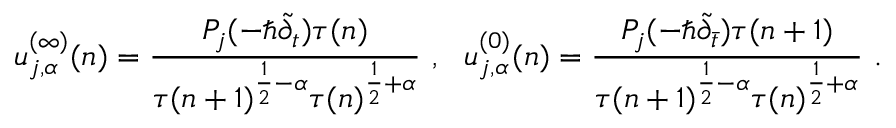
u _ { j , \alpha } ^ { ( \infty ) } ( n ) = \frac { P _ { j } ( - \hbar \tilde { \partial } _ { t } ) \tau ( n ) } { \tau ( n + 1 ) ^ { \frac { 1 } { 2 } - \alpha } \tau ( n ) ^ { \frac { 1 } { 2 } + \alpha } } ~ , ~ ~ u _ { j , \alpha } ^ { ( 0 ) } ( n ) = \frac { P _ { j } ( - \hbar \tilde { \partial } _ { \bar { t } } ) \tau ( n + 1 ) } { \tau ( n + 1 ) ^ { \frac { 1 } { 2 } - \alpha } \tau ( n ) ^ { \frac { 1 } { 2 } + \alpha } } ~ .